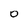
Character: 0